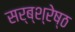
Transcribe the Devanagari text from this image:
सर्ब्श्रेष्ठ